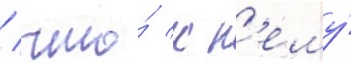
/ что́ к н'ему́